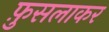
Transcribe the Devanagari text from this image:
फ़ुसलाकर